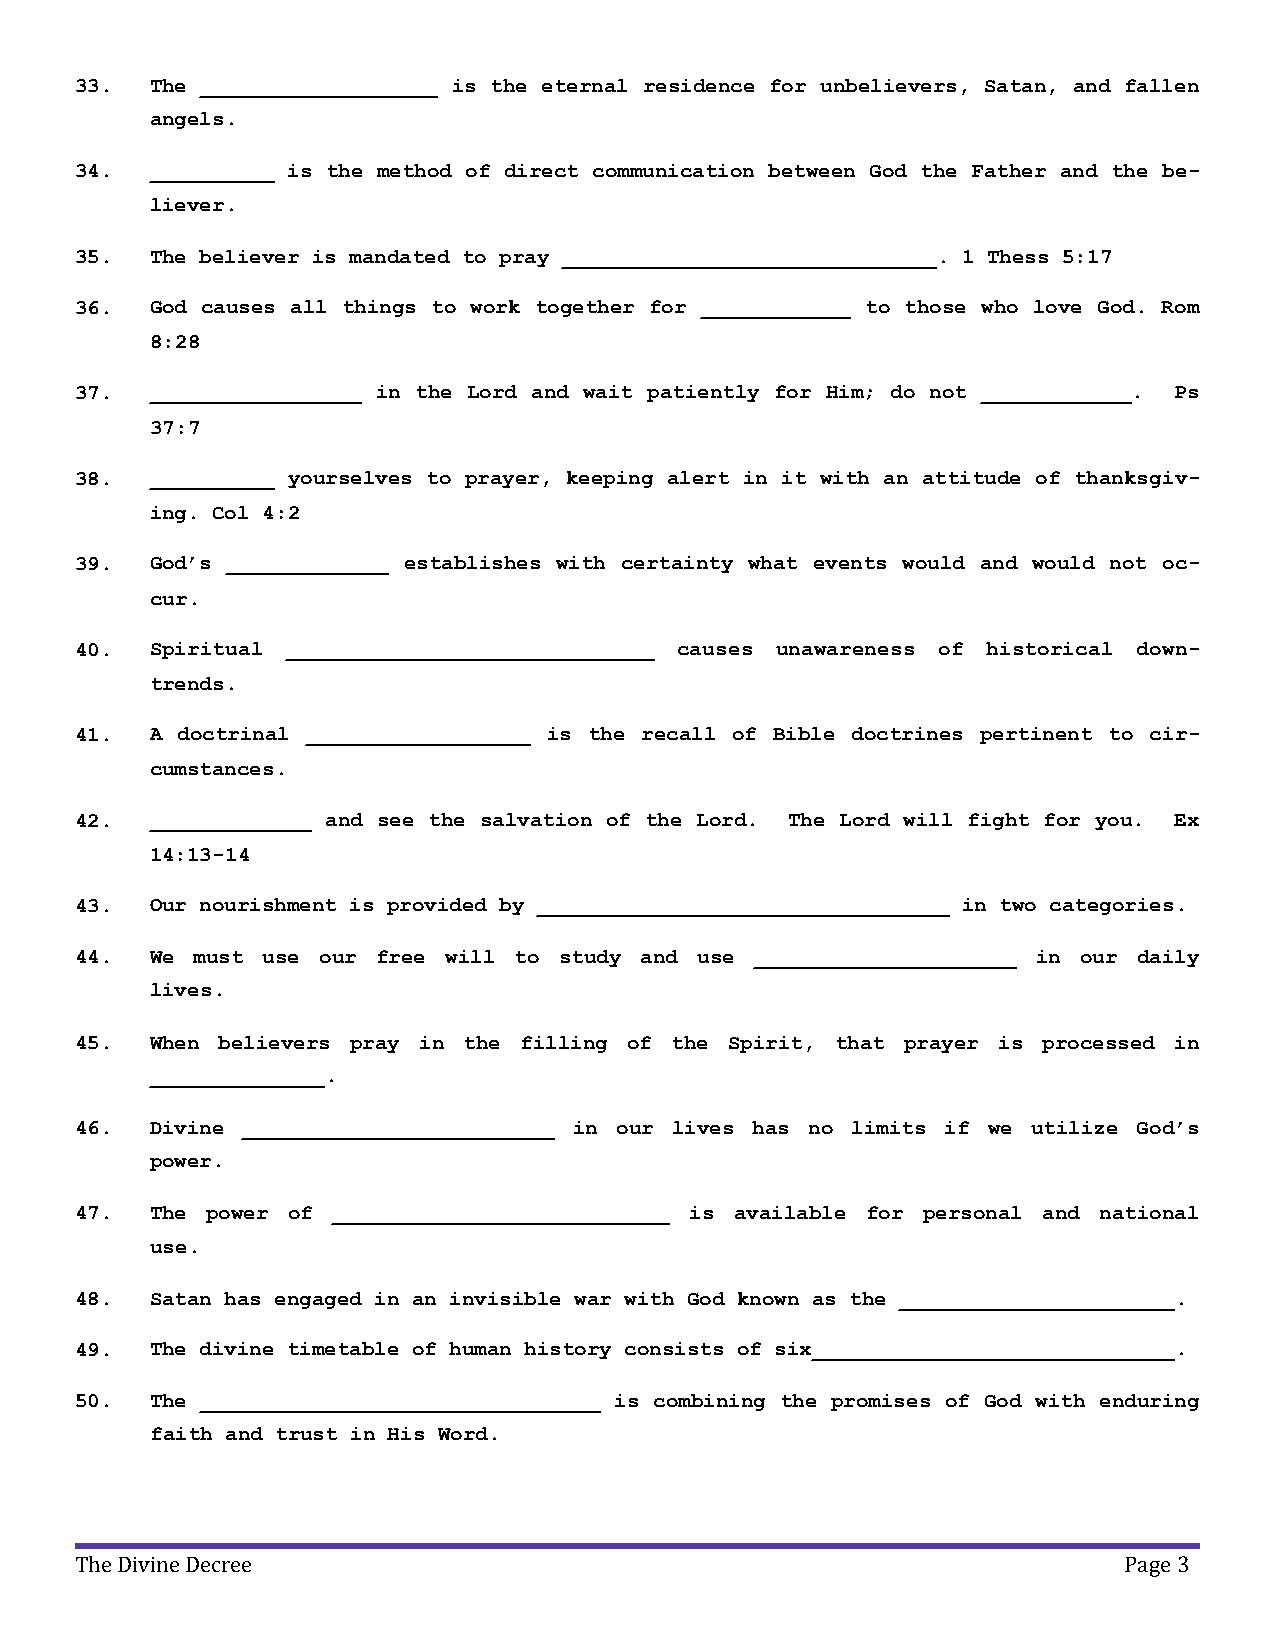
33.  The ___________________ is the eternal residence for unbelievers, Satan, and fallen
 angels.
 34.  __________ is the method of direct communication between God the Father and the be-
 liever.
 35.  The believer is mandated to pray ______________________________. 1 Thess 5:17
 36.  God causes all things to work together for ____________ to those who love God. Rom
 8:28
 37.  _________________ in the Lord and wait patiently for Him; do not ____________. Ps
 37:7
 38.  __________ yourselves to prayer, keeping alert in it with an attitude of thanksgiv-
 ing. Col 4:2
 39.  God’s _____________ establishes with certainty what events would and would not oc-
 cur.
 40.  Spiritual _____________________________ causes unawareness of historical down-
 trends.
 41.  A doctrinal __________________ is the recall of Bible doctrines pertinent to cir-
 cumstances.
 42.  _____________ and see the salvation of the Lord. The Lord will fight for you. Ex
 14:13-14
 43.  Our nourishment is provided by _________________________________ in two categories.
 44.  We must use our free will to study and use _____________________ in our daily
 lives.
 45.  When believers pray in the filling of the Spirit, that prayer is processed in
 ______________.
 46.  Divine _________________________ in our lives has no limits if we utilize God’s
 power.
 47.  The power of ___________________________ is available for personal and national
 use.
 48.  Satan has engaged in an invisible war with God known as the ______________________.
 49.  The divine timetable of human history consists of six_____________________________.
 50.  The ________________________________ is combining the promises of God with enduring
 faith and trust in His Word.
 The Divine Decree                                                    Page 3